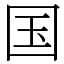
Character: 国